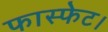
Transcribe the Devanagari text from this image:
फास्फेट।